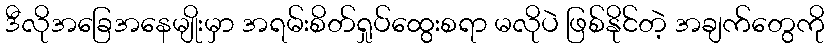
ဒီလိုအခြေအနေမျိုးမှာ အရမ်းစိတ်ရှုပ်ထွေးစရာ မလိုပဲ ဖြစ်နိုင်တဲ့ အချက်တွေကို